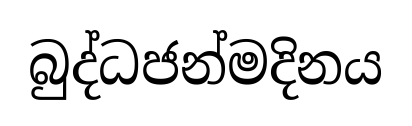
බුද්ධජන්මදිනය